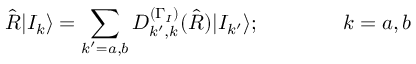
\hat { R } | I _ { k } \rangle = \sum _ { k ^ { \prime } = a , b } D _ { k ^ { \prime } , k } ^ { ( \Gamma _ { I } ) } ( \hat { R } ) | I _ { k ^ { \prime } } \rangle ; \qquad \qquad k = a , b